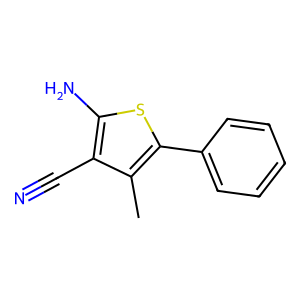
SMILES: Cc1c(-c2ccccc2)sc(N)c1C#N
Inhibits HIV replication: No